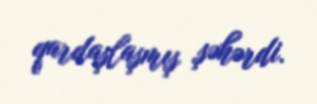
qardaşlaşmış şəhərdi.